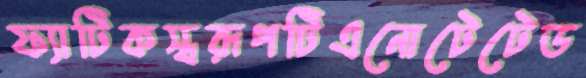
ফ্যাটিকস্বরূপটিএনোটেটেড